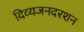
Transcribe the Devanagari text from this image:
दिव्यजनदरशन